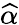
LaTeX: \widehat{\alpha}